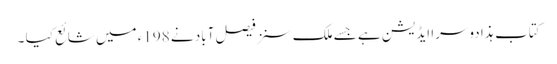
کتاب ہذا دوسرا ایڈیشن ہے جسے ملک سنز فیصل آباد نے 198ء میں شائع کیا ۔